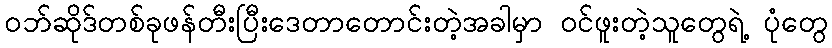
ဝဘ်ဆိုဒ်တစ်ခုဖန်တီးပြီးဒေတာတောင်းတဲ့အခါမှာ ဝင်ဖူးတဲ့သူတွေရဲ့ ပုံတွေ